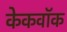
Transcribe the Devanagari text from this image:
केकवॉक